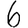
Digit: 6